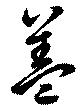
盖